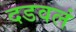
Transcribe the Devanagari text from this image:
दडवलं